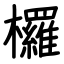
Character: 欏